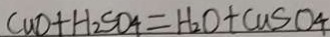
C u O + H _ { 2 } S O _ { 4 } = H _ { 2 } O + C u S O _ { 4 }